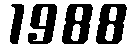
1988